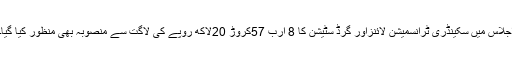
اجلاس میں سکینڈری ٹرانسمیشن لائنزاور گرڈ سٹیشن کا 8 ارب 57کروڑ 20لاکھ روپے کی لاگت سے منصوبہ بھی منظور کیا گیا۔